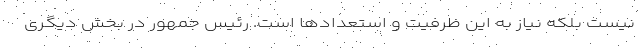
نیست بلکه نیاز به این ظرفیت و استعدادها است. رئیس جمهور در بخش دیگری